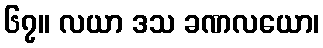
၆၇။ လယာ ဒသ ခဏလယော၊